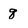
Character: q